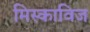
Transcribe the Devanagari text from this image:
मिस्काविज